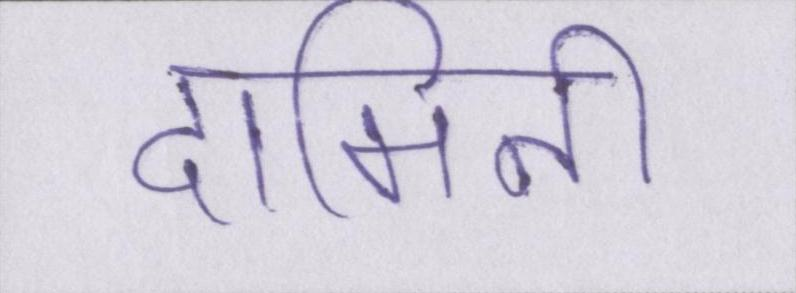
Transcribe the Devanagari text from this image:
दामिनी